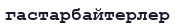
гастарбайтерлер